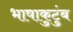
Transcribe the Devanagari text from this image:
भाषाकुटुंब